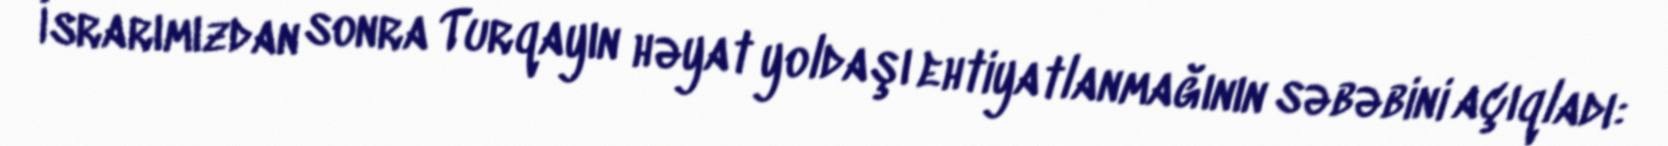
İsrarımızdan sonra Turqayın həyat yoldaşı ehtiyatlanmağının səbəbini açıqladı: